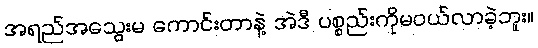
အရည်အသွေးမ ကောင်းတာနဲ့ အဲဒီ ပစ္စည်းကိုမဝယ်လာခဲ့ဘူး။